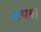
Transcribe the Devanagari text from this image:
तपश्च